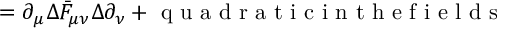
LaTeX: = \partial _ { \mu } \Delta \bar { F } _ { \mu \nu } \Delta \partial _ { \nu } + \textrm { q u a d r a t i c i n t h e f i e l d s }